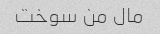
مال من سوخت